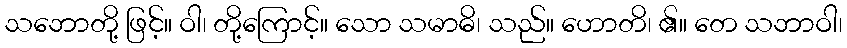
သဘောတို့ ဖြင့်။ ဝါ၊ တို့ကြောင့်။ သော သမာဓိ၊ သည်။ ဟောတိ၊ ၏။ တေ သဘာဝါ၊